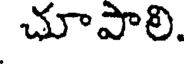
చూపాలి.